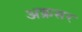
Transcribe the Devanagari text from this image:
अक्रसर